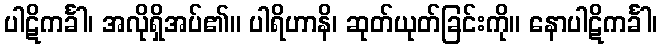
ပါဋိကင်္ခါ၊ အလိုရှိအပ်၏။ ပါရိဟာနိ၊ ဆုတ်ယုတ်ခြင်းကို။ နောပါဋိကင်္ခါ၊